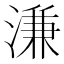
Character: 溓